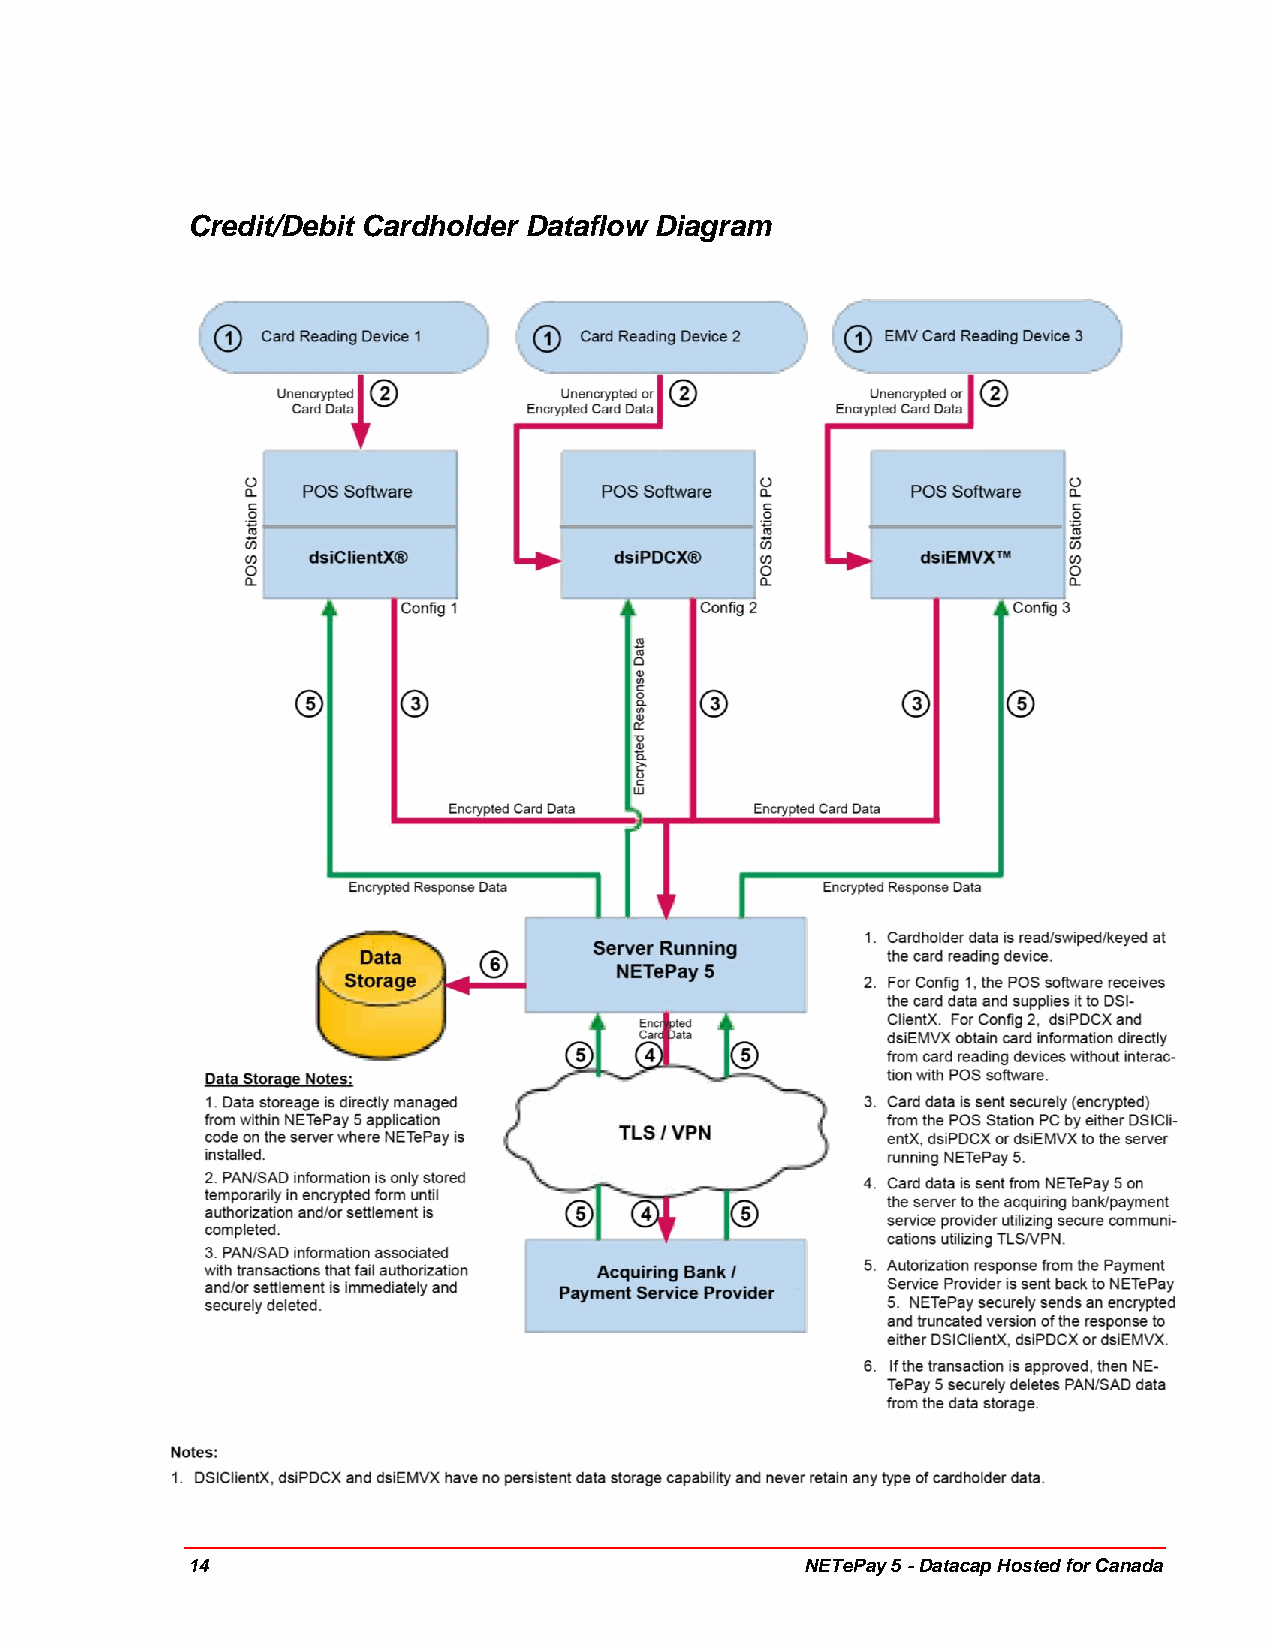
Credit/Debit Cardholder Dataflow Diagram
 14                                       NETePay 5 - Datacap Hosted for Canada